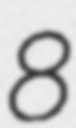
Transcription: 8